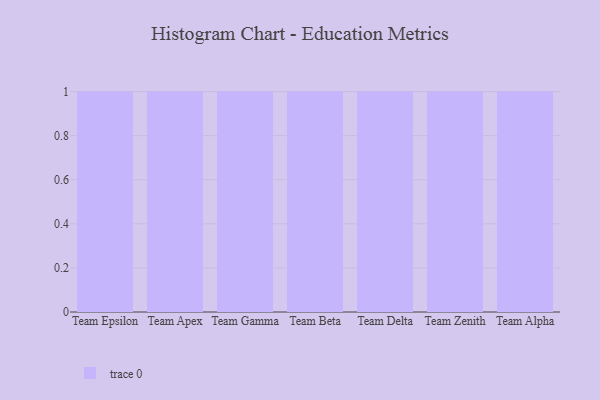
{"axis": {"x": "Team", "y": "Energy Usage (MWh)"}, "legend": [""], "data": [{"x": "Team Epsilon", "y": 67, "type": ""}, {"x": "Team Apex", "y": 94, "type": ""}, {"x": "Team Gamma", "y": 71, "type": ""}, {"x": "Team Beta", "y": 47, "type": ""}, {"x": "Team Delta", "y": 98, "type": ""}, {"x": "Team Zenith", "y": 50, "type": ""}, {"x": "Team Alpha", "y": 46, "type": ""}]}